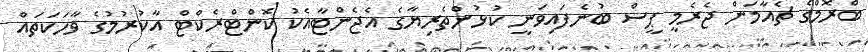
ބްރޮމްގެ ޗެއާމަން ޖެރެމީ ޕީސް ބުނެފައިވަނީ ކުޅުންތެރިޔާގެ އެޖެންޓާއެކު ކޮންޓްރެކްޓް އާކުރުމުގެ ވާހަކަތައް